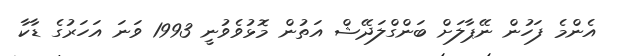
އެންމެ ފަހުން ނޭޕާލަށް ބަންގްލަދޭޝް އަތުން މޮޅުވެވުނީ 1993 ވަނަ އަހަރުގެ ޑާކާ